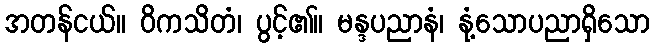
အတန်ငယ်။ ဝိကသိတံ၊ ပွင့်၏။ မန္ဒပညာနံ၊ နုံ့သောပညာရှိသော